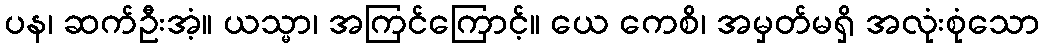
ပန၊ ဆက်ဦးအံ့။ ယသ္မာ၊ အကြင်ကြောင့်။ ယေ ကေစိ၊ အမှတ်မရှိ အလုံးစုံသော